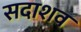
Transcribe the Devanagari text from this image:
सदाशव